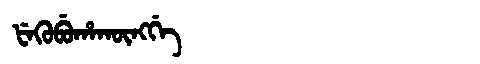
Manchu: ᡶᡝᡴᡠᠪᡠᡥᠠᡴᡡᠩᡤᡝ
Romanization: FEKUBUHAKŪNGGE